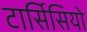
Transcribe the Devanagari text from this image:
टार्सिसियो